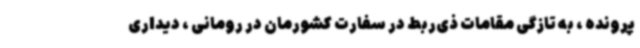
پرونده ، به تازگی مقامات ذی‌ربط در سفارت کشورمان در رومانی ، دیداری